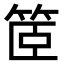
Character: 䇫